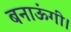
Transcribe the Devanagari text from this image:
बनाऊंगी।